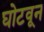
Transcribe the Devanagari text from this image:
घोटवून